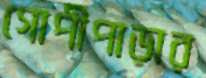
গোপীপাড়ার